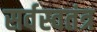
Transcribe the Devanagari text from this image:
सर्वस्वतंत्र